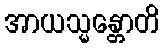
အာယသ္မန္တောတိ